Vaccination in Bombay 1863-1868 - 1863-1868
Year: 1863
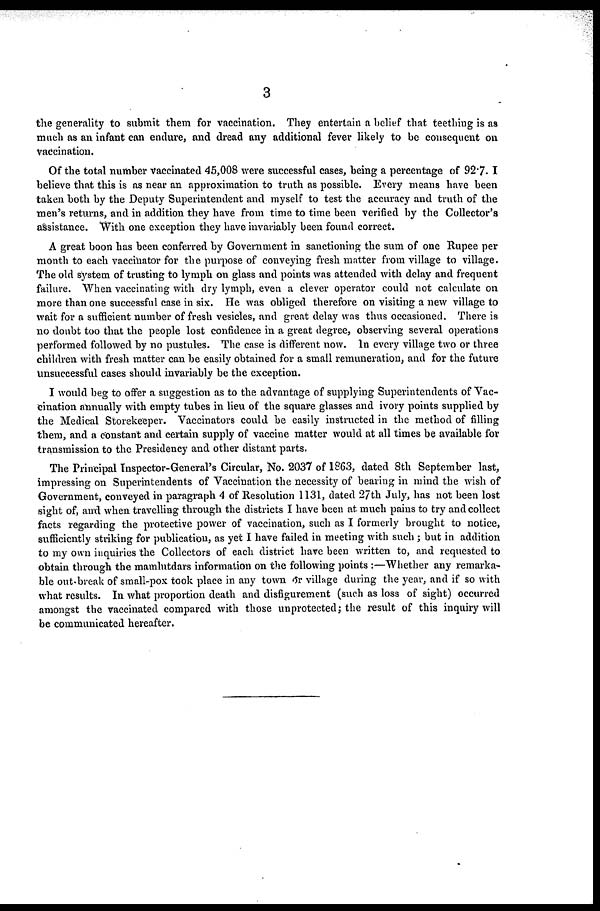
3
the generality to submit them for vaccination. They entertain a belief that teething is as
much as an infant can endure, and dread any additional fever likely to be consequent on
vaccination.
Of the total number vaccinated 45,008 were successful cases, being a percentage of 92.7. I
believe that this is as near an approximation to truth as possible. Every means have been
taken both by the Deputy Superintendent and myself to test the accuracy and truth of the
men's returns, and in addition they have from time to time been verified by the Collector's
assistance. With one exception they have invariably been found correct.
A great boon has been conferred by Government in sanctioning the sum of one Rupee per
month to each vaccinator for the purpose of conveying fresh matter from village to village.
The old system of trusting to lymph on glass and points was attended with delay and frequent
failure. When vaccinating with dry lymph, even a clever operator could not calculate on
more than one successful case in six. He was obliged therefore on visiting a new village to
wait for a sufficient number of fresh vesicles, and great delay was thus occasioned. There is
no doubt too that the people lost confidence in a great degree, observing several operations
performed followed by no pustules. The case is different now. In every village two or three
children with fresh matter can be easily obtained for a small remuneration, and for the future
unsuccessful cases should invariably be the exception.
I would beg to offer a suggestion as to the advantage of supplying Superintendents of Vac-
cination annually with empty tubes in lieu of the square glasses and ivory points supplied by
the Medical Storekeeper. Vaccinators could be easily instructed in the method of filling
them, and a constant and certain supply of vaccine matter would at all times be available for
transmission to the Presidency and other distant parts.
The Principal Inspector-General's Circular, No. 2037 of 1863, dated 8th September last,
impressing on Superintendents of Vaccination the necessity of bearing in mind the wish of
Government, conveyed in paragraph 4 of Resolution 1131, dated 27th July, has not been lost
sight of, and when travelling through the districts I have been at much pains to try and collect
facts regarding the protective power of vaccination, such as I formerly brought to notice,
sufficiently striking for publication, as yet I have failed in meeting with such ; but in addition
to my own inquiries the Collectors of each district have been written to, and requested to
obtain through the mamlutdars information on the following points :—Whether any remarka-
ble out-break of small-pox took place in any town or village during the year, and if so with
what results. In what proportion death and disfigurement (such as loss of sight) occurred
amongst the vaccinated compared with those unprotected ; the result of this inquiry will
be communicated hereafter.